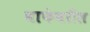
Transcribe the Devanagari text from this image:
वाफेवरील